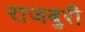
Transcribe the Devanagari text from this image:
राजबुरी